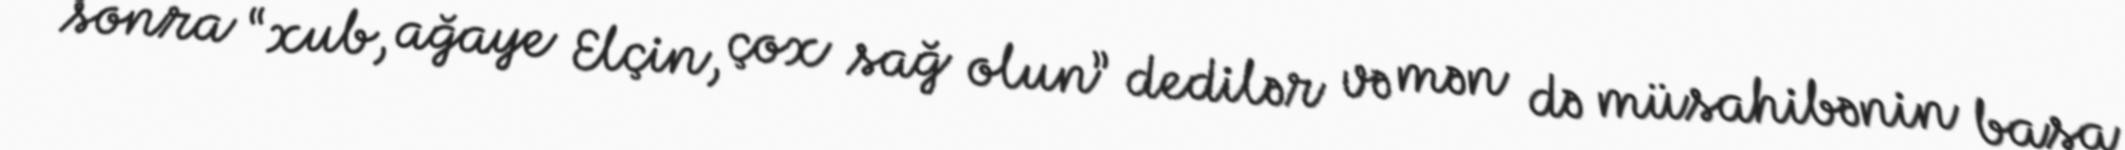
sonra “xub, ağaye Elçin, çox sağ olun” dedilər və mən də müsahibənin başa